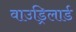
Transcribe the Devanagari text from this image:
वाउड्रिलार्ड